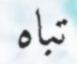
تباه